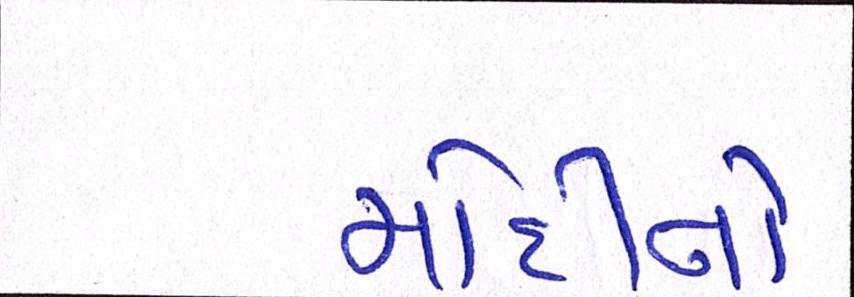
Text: મોદીનો